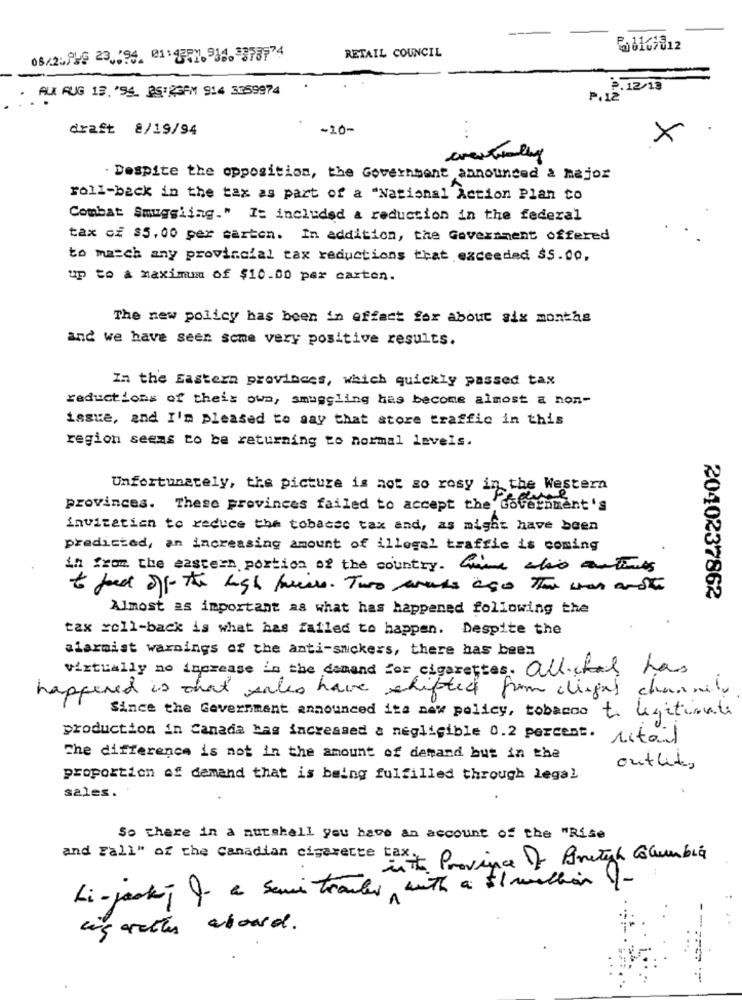
--
RETAIL COUNCIL
08/2AUG 23, 194. 01:4377. 918.3378774
ALL AUG 13, '94. @S"2GAM 914 3359974
P.12/13
P.12"
draft 8/19/94
-10-
eventually
. Despite the opposition, the Government announced a major
roll-back in the tax as part of a "National Action Plan to
Combat Smuggling." Is included & reduction in the federal
tax cz $5.00 per carten. In addition, the Government offered
to match any provincial tax reductions that exceeded $5.00.
up to a maximum of $10.00 per carton.
The new policy has been in effect for about six months
and we have seen some very positive results.
In the Eastern provinces, which quickly passed tax
reductions of their own, smuggling has become almost a non-
issue, and I'm pleased to say that store traffic in this
region seems to be returning to normal levels.
Unfortunately, the picture is not so rosy in the Western
provinces. These provinces failed to accept the Government's
invitation to reduce the tobacco tax and, as might have been
predicted, an increasing amount of illegal traffic is coming
in from the eastern portion of the country. Give whois antes
t fest off the high freire. Two weeks ago The war and
2040237862
Almost as important as what has happened following the
tax roll-back is what has failed to happen. Despite the
alarmist warnings of the anti-suckers, there has been
virtually no increase in the demand for cigarettes. all chal has
happened is that sales have shifted from clight channely
Since the Government announced its new policy, tobacco to lesitionti
production in Canada has increased & negligible 0.2 percent. ritail
The difference is not in the amount of demand but in the
outlets
proportion of demand that is being fulfilled through legal
sales.
So there in a nutshell you have an account of the "Rise
and Fall" of the Canadian cigarette tax.
inthe Province Of British Columbia
Li- jookj & a semi trailer with a $1million -
ing arather aboard.